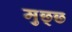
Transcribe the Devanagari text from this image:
मुछ्छ